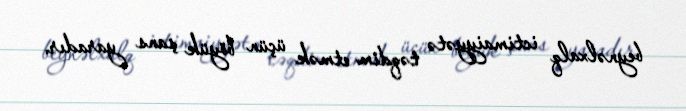
beynəlxalq ictimaiyyətə təqdim etmək üçün böyük şans yaradır.